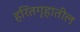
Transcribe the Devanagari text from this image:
हरितगृहांतील